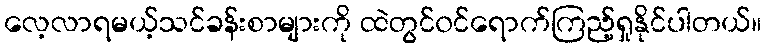
လေ့လာရမယ့်သင်ခန်းစာများကို ထဲတွင်၀င်ရောက်ကြည့်ရှုနိုင်ပါတယ်။